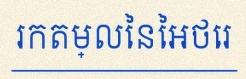
រកតម្លៃនៃអថេរ